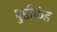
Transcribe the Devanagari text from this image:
पुष्टीफंड